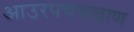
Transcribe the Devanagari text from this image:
आउरपचक्खाण